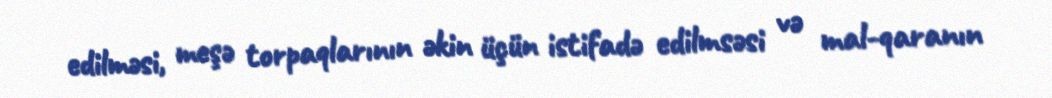
edilməsi, meşə torpaqlarının əkin üçün istifadə edilmsəsi və mal-qaranın